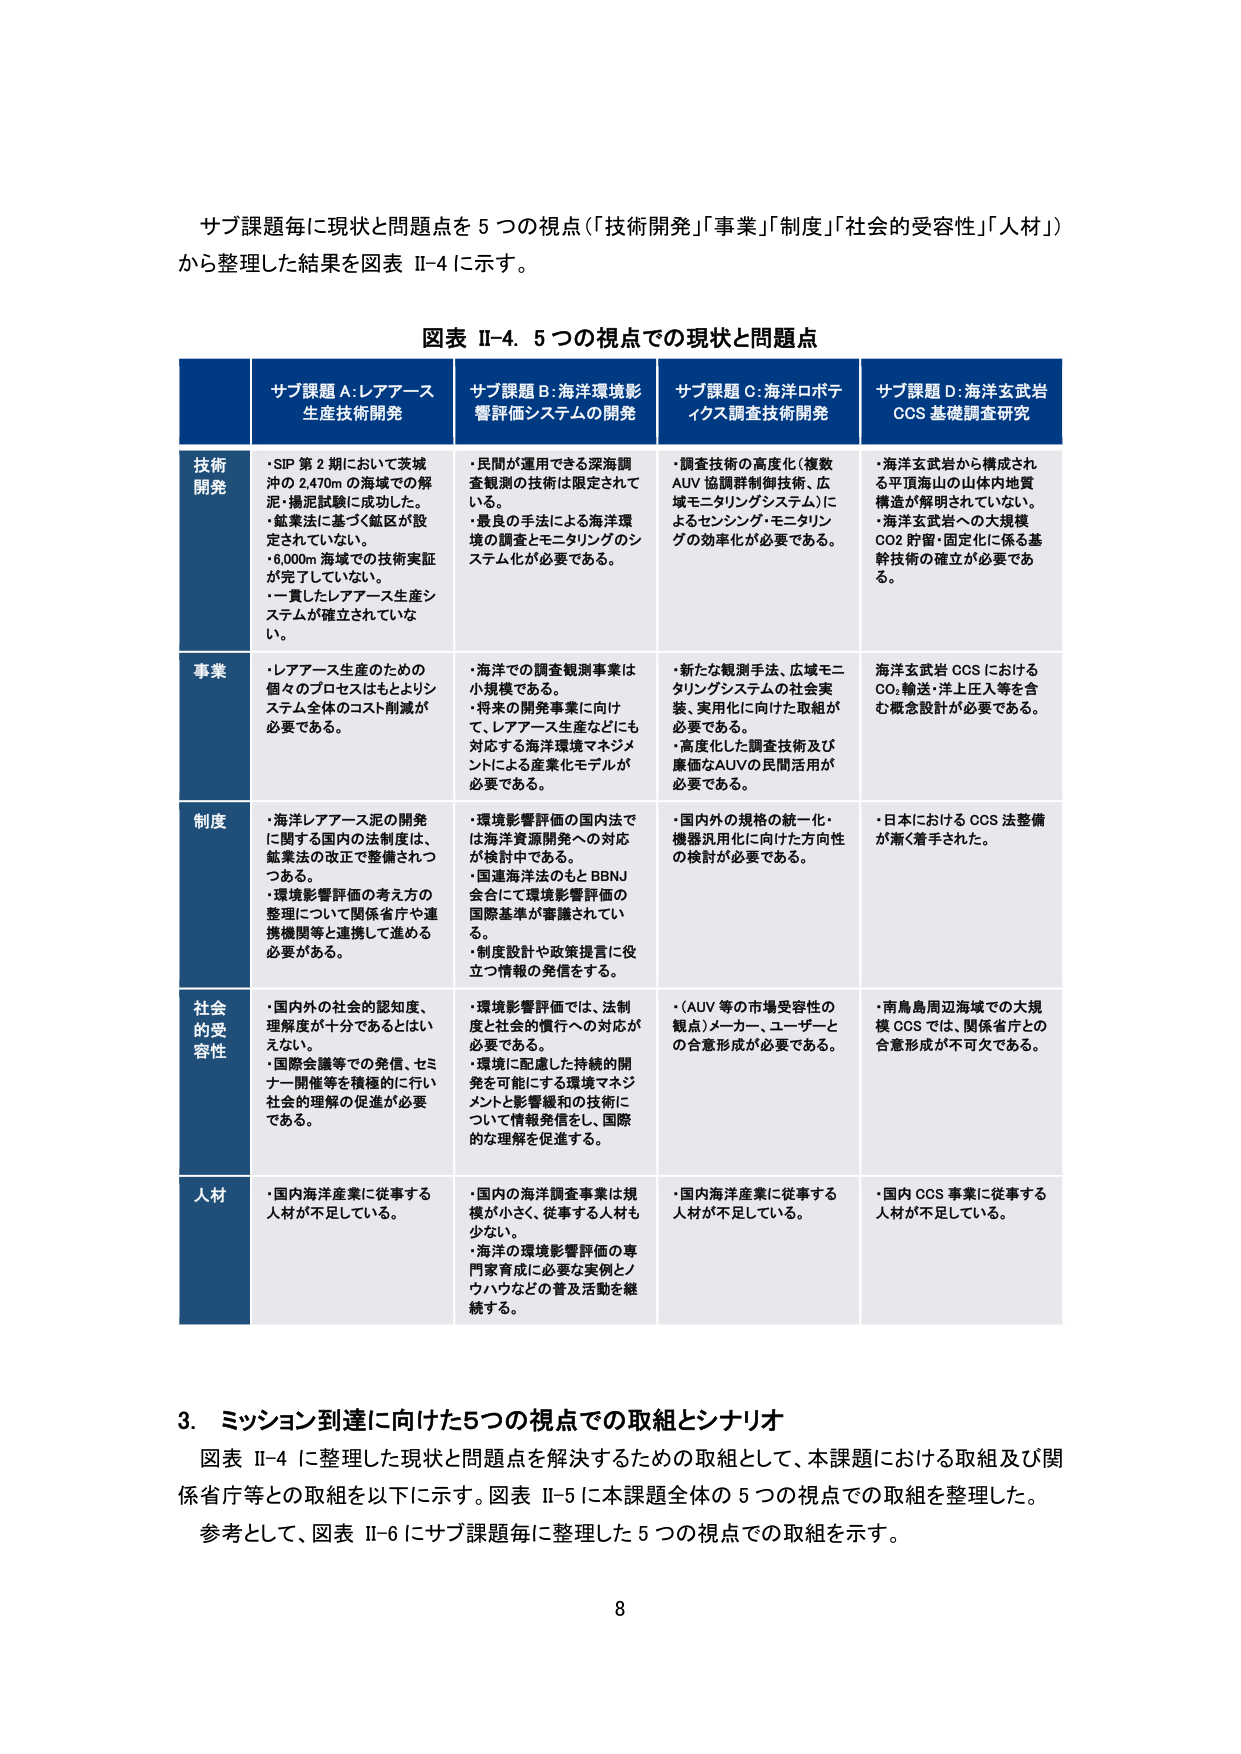
サブ課題毎に現状と問題点を５つの視点（「技術開発」「事業」「制度」「社会的受容性」「人材」）から整理した結果を図表 II-4 に示す。

図表 II-4. 5つの視点での現状と問題点

サブ課題 A：レアアース生産技術開発
・SIP 第2期において茨城沖の2,470mの海域での解泥・揚泥試験に成功した。
・鉱業法に基づく鉱区が設定されていない。
・6,000m海域での技術実証が完了していない。
・一貫したレアアース生産システムが確立されていない。

サブ課題 B：海洋環境影響評価システムの開発
・民間が運用できる深海調査観測の技術は限定されている。
・最良の手法による海洋環境の調査とモニタリングのシステム化が必要である。

サブ課題 C：海洋ロボティクス調査技術開発
・調査技術の高度化（複数AUV協調群制御技術、広域モニタリングシステム）によるセンシング・モニタリングの効率化が必要である。

サブ課題 D：海洋玄武岩CCS基礎調査研究
・海洋玄武岩から構成される平頂海山の山体内地質構造が解明されていない。
・海洋玄武岩への大規模CO2貯留・固定化に係る基幹技術の確立が必要である。

事業
・レアアース生産のための個々のプロセスはもとよりシステム全体のコスト削減が必要である。
・海洋での調査観測事業は小規模である。
・将来の開発事業に向けて、レアアース生産などにも対応する海洋環境マネジメントによる産業化モデルが必要である。
・新たな観測手法、広域モニタリングシステムの社会実装、実用化に向けた取組が必要である。
・高度化した調査技術及び廉価なAUVの民間活用が必要である。
・海洋玄武岩CCSにおけるCO2輸送・洋上圧入等を含む概念設計が必要である。

制度
・海洋レアアース泥の開発に関する国内の法制度は、鉱業法の改正で整備されつつある。
・環境影響評価の考え方の整理について関係省庁や連携機関等と連携して進める必要がある。
・環境影響評価の国内法では海洋資源開発への対応が検討中である。
・国連海洋法のもとBBNJ会合にて環境影響評価の国際基準が審議されている。
・制度設計や政策提言に役立つ情報の発信をする。
・国内外の規格の統一・機器汎用化に向けた方向性の検討が必要である。
・日本におけるCCS法整備が漸く着手された。

社会的受容性
・国内外の社会的認知度、理解度が十分であるとはいえない。
・国際会議等での発信、セミナー開催等を積極的に行い社会的理解の促進が必要である。
・環境影響評価では、法制度と社会的慣行への対応が必要である。
・環境に配慮した持続的開発を可能にする環境マネジメントと影響緩和の技術について情報発信をし、国際的な理解を促進する。
・AUV等の市場受容性の観点）メーカー、ユーザーとの合意形成が必要である。
・南鳥島周辺海域での大規模CCSでは、関係省庁との合意形成が不可欠である。

人材
・国内海洋産業に従事する人材が不足している。
・国内の海洋調査事業は規模が小さく、従事する人材も少ない。
・海洋の環境影響評価の専門家育成に必要な実例とノウハウなどの普及活動を継続する。
・国内海洋産業に従事する人材が不足している。
・国内CCS事業に従事する人材が不足している。

3. ミッション到達に向けた5つの視点での取組とシナリオ
図表 II-4 に整理した現状と問題点を解決するための取組として、本課題における取組及び関係省庁等との取組を以下に示す。図表 II-5 に本課題全体の5つの視点での取組を整理した。参考として、図表 II-6 にサブ課題毎に整理した5つの視点での取組を示す。

8